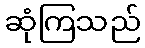
ဆုံကြသည်